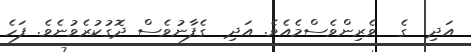
އަދި  ގެ  ވެރިންވެސްމެއެވެ. އަދި  ގެފާނުވެސް ދޮގުކުރެވުނެވެ. ފަހެ